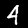
Digit: 4